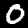
Digit: 0